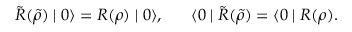
\tilde { R } ( \tilde { \rho } ) \mid 0 \rangle = R ( \rho ) \mid 0 \rangle , \; \; \; \; \; \; \langle 0 \mid \tilde { R } ( \tilde { \rho } ) = \langle 0 \mid R ( \rho ) .